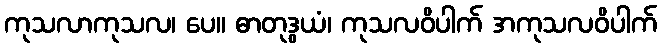
ကုသလာကုသလ၊ ပေ။ ဓာတုဒွယံ၊ ကုသလဝိပါက် အကုသလဝိပါက်